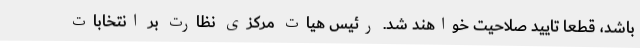
باشد، قطعا تایید صلاحیت خواهند شد. رئیس هیات مرکزی نظارت بر انتخابات